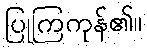
ပြုကြကုန်၏။